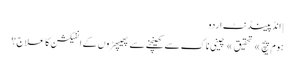
| انڈپینڈنٹ اردو
ہوم پیچ » تحقیق » چینی ناک سے کھینچنے سے پھیپھڑوں کے انفیکشن کا علاج؟